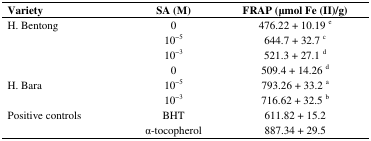
<table><thead><tr><td><b>Variety</b></td><td><b>SA (M)</b></td><td><b>FRAP (μmol Fe (II)/g)</b></td></tr></thead><tbody><tr><td>H. Bentong</td><td>0</td><td>476.22 + 10.19 <sup>e</sup></td></tr><tr><td></td><td>10<sup>−5</sup></td><td>644.7 + 32.7 <sup>c</sup></td></tr><tr><td></td><td>10<sup>−3</sup></td><td>521.3 + 27.1 <sup>d</sup></td></tr><tr><td></td><td>0</td><td>509.4 + 14.26 <sup>d</sup></td></tr><tr><td>H. Bara</td><td>10<sup>−5</sup></td><td>793.26 + 33.2 <sup>a</sup></td></tr><tr><td></td><td>10<sup>−3</sup></td><td>716.62 + 32.5 <sup>b</sup></td></tr><tr><td>Positive controls</td><td>BHT</td><td>611.82 + 15.2</td></tr><tr><td></td><td>α-tocopherol</td><td>887.34 + 29.5</td></tr></tbody></table>